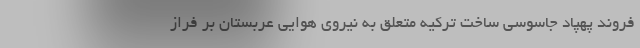
فروند پهپاد جاسوسی ساخت ترکیه متعلق به نیروی هوایی عربستان بر فراز